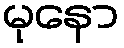
မုနော